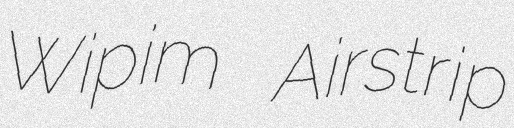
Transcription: Wipim Airstrip